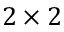
2 \times 2